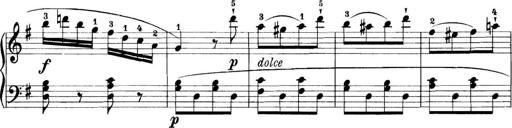
Title: 11 Sonatinas
Composer: Anton Diabelli